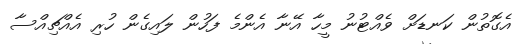
އެގޮތުން ކަނޑަށް ވެއްޓުނު މީހާ އޭނާ އެންމެ ފަހުން ލައިގެން ހުރި އެއްޗިއްސާ